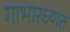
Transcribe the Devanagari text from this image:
गाभार६यात